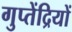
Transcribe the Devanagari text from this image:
गुप्तेंद्रियों